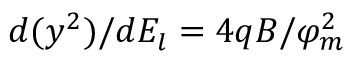
d ( y ^ { 2 } ) / d E _ { l } = 4 q B / \varphi _ { m } ^ { 2 }